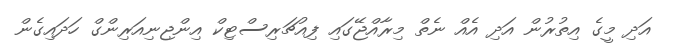
އަދި މީގެ އިތުރުން އަދި އެއް ނެތް މިރާއްޖޭގައި ފިއުޗަރިސްޓިކް އިންޖިނިއަރިންގް ހަދައިގެން